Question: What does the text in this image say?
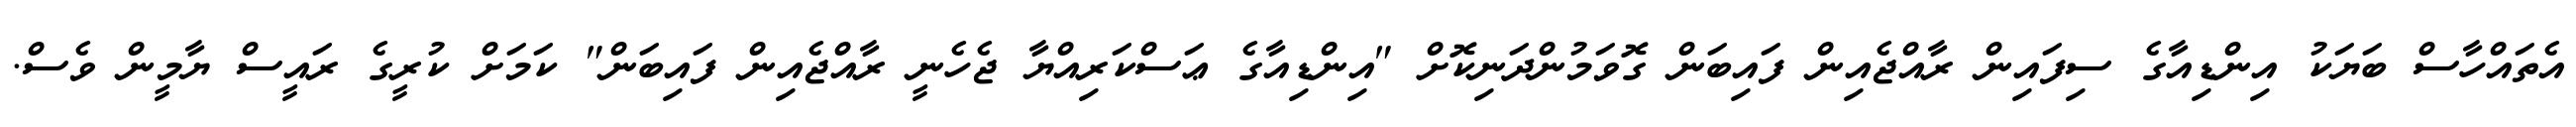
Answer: އެތައްހާސް ބަޔަކު އިންޑިއާގެ ސިފައިން ރާއްޖެއިން ފައިބަން ގޮވަމުންދަނިކޮށް "އިންޑިއާގެ ޢަސްކަރިއްޔާ ޖެހެނީ ރާއްޖެއިން ފައިބަން" ކަމަށް ކުރީގެ ރައީސް ޔާމީން ވެސް.